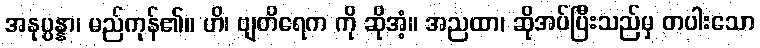
အနုပ္ပန္နာ၊ မည်ကုန်၏။ ဟိ၊ ဗျတိရေက ကို ဆိုအံ့။ အညထာ၊ ဆိုအပ်ပြီးသည်မှ တပါးသော